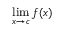
\operatorname* { l i m } _ { x \to c } f ( x )